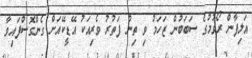
އަލިފާން ރޯވުމުގެ ސަބަބުން ޒަހަމު ވި ތިން ފަތުރު ވެރިއަކު އޭޑީކޭއަށް ގެންގޮސްފައިވާ